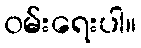
၀မ်းရေးပါ။